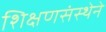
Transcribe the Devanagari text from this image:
शिक्षणसंस्थेने